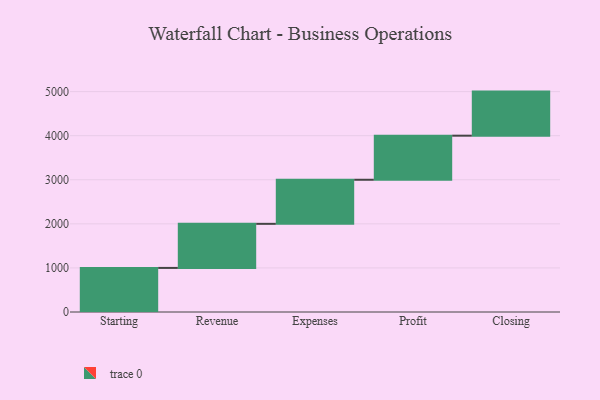
{"axis": {"x": "Step", "y": "Value"}, "legend": [""], "data": [{"x": "Starting", "y": 1000, "type": ""}, {"x": "Revenue", "y": 1000, "type": ""}, {"x": "Expenses", "y": 1000, "type": ""}, {"x": "Profit", "y": 1000, "type": ""}, {"x": "Closing", "y": 1000, "type": ""}]}